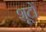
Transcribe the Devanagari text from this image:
शूटों